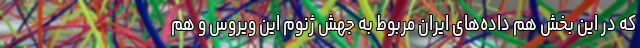
که در این بخش هم داده‌های ایران مربوط به جهش ژنوم این ویروس و هم